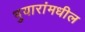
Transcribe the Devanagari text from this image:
भुयारांमधील